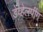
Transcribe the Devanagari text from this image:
डेव्हेलपींग